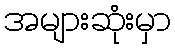
အများဆုံးမှာ